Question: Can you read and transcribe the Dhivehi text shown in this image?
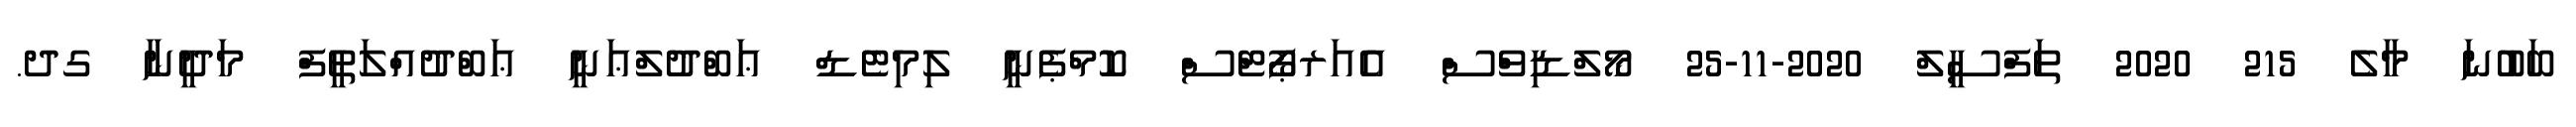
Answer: ބަބުނަ މާލެ 215 2020 ތަފްސީލް 2020-11-25 މޯލްޑިވްސް އެއަރޕޯޓްސް ކޮމްޕެނީ ލިމިޓެޑް ޢަބްދުލްޢަނީ ޢަބްދުއްލަޠީފް މަދީނާ ގދ.